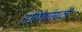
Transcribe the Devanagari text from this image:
हरिणांसाठी